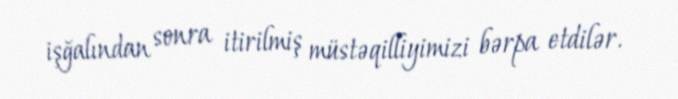
işğalından sonra itirilmiş müstəqilliyimizi bərpa etdilər.